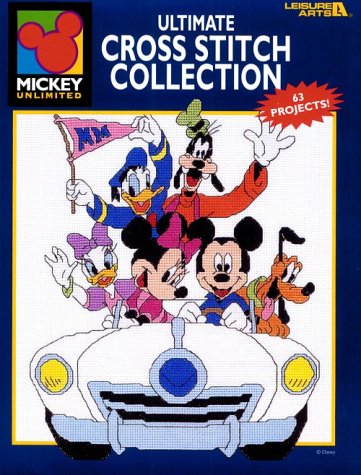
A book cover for Mickey Unlimited: Ultimate Cross Stitch Collection; Sandra S. Ritchie; Crafts, Hobbies & Home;